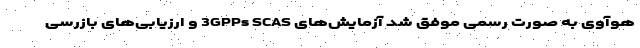
هوآوی به صورت رسمی موفق شد آزمایش‌های 3GPPs SCAS و ارزیابی‌های بازرسی